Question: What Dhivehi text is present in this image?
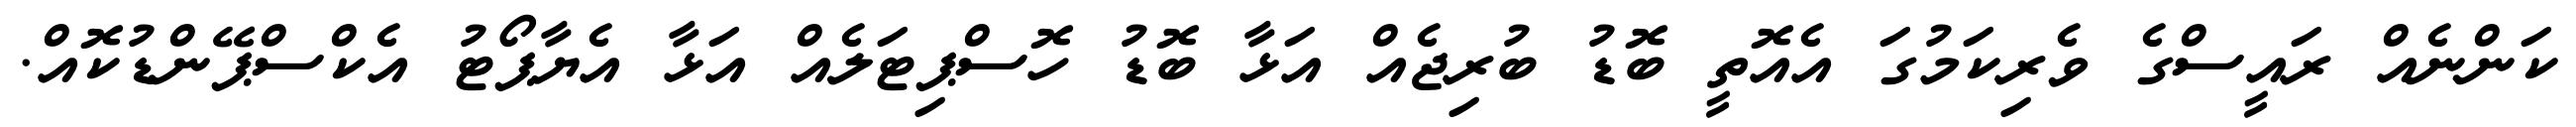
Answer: ކަންނެއް ރައީސްގެ ވެރިކަމުގަ އެއޮތީ ބޮޑު ބުރިޖެއް އަޅާ ބޮޑު ހޮސްޕިޓަލެއް އަޅާ އެޔާޕޯޓު އެކްސްޕޭންޑުކޮއް.